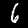
Label: 6